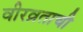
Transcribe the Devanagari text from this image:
वीरव्रताची